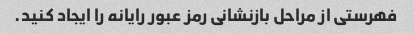
فهرستی از مراحل بازنشانی رمز عبور رایانه را ایجاد کنید.